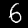
Digit: 6